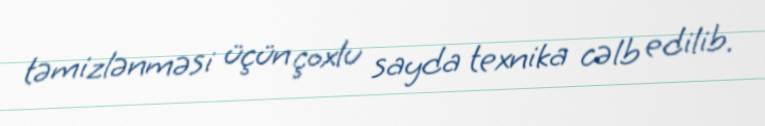
təmizlənməsi üçün çoxlu sayda texnika cəlb edilib.